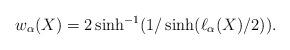
LaTeX: \begin{align*} w_\alpha(X) = 2\sinh^{-1} ( 1/ \sinh(\ell_\alpha(X)/2)).\end{align*}